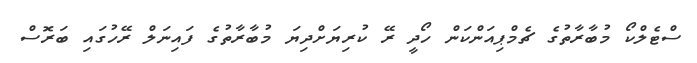
ސްޓެލްކޯ މުބާރާތުގެ ޗެމްޕިއަންކަން ހޯދީ ރޭ ކުރިޔަށްދިޔަ މުބާރާތުގެ ފައިނަލް ރޭހުގައި ބަރޮސް